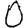
Digit: 0